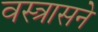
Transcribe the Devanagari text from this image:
वस्त्रासने